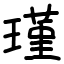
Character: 瑾